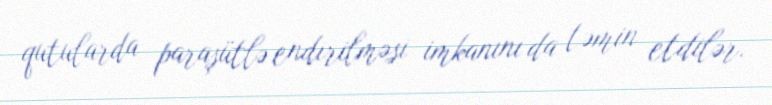
qutularda paraşütlə endirilməsi imkanını da təmin etdilər.